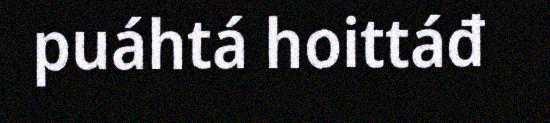
puáhtá hoittáđ